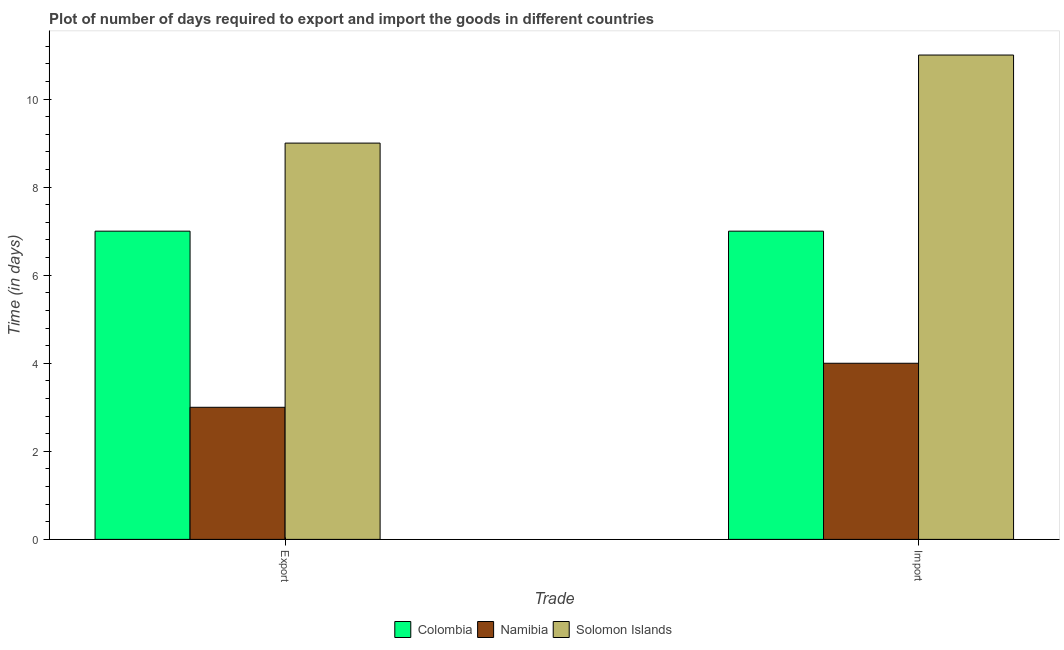
| Trade | Colombia | Namibia | Solomon Islands |
 | --- | --- | --- | --- |
 | Export | 7 | 3 | 9 |
 | Import | 7 | 4 | 11 |